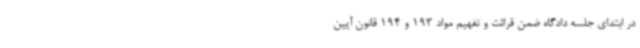
در ابتدای جلسه دادگاه ضمن قرائت و تفهیم مواد 193 و 194 قانون آیین